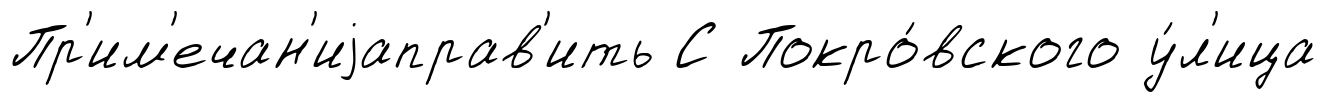
Пр'им'ечан'иjаправ'ить С Покро́вского у́л'ица